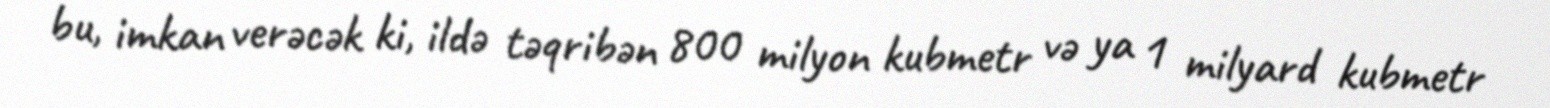
bu, imkan verəcək ki, ildə təqribən 800 milyon kubmetr və ya 1 milyard kubmetr